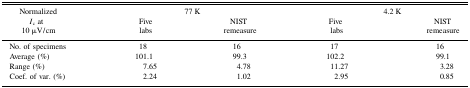
<table><thead><tr><td rowspan="2"><b>Normalized <i>I</i><sub>c</sub> at 10 μV/cm</b></td><td colspan="2"><b>77 K</b></td><td colspan="2"><b>4.2 K</b></td></tr><tr><td><b>Five labs</b></td><td><b>NIST remeasure</b></td><td><b>Five labs</b></td><td><b>NIST remeasure</b></td></tr></thead><tbody><tr><td>No. of specimens</td><td>18</td><td>16</td><td>17</td><td>16</td></tr><tr><td>Average (%)</td><td>101.1</td><td>99.3</td><td>102.2</td><td>99.1</td></tr><tr><td>Range (%)</td><td>7.65</td><td>4.78</td><td>11.27</td><td>3.28</td></tr><tr><td>Coef. of var. (%)</td><td>2.24</td><td>1.02</td><td>2.95</td><td>0.85</td></tr></tbody></table>